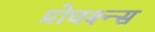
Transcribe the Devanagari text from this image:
प्रोधक्ष्न्स